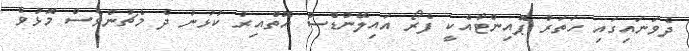
ދެވަނައިގައި ހަތަރު ޕޮއިންޓާއެކީ ފެރޯ އައިލޭންޑްސް އޮތްއިރު ކުޅުނު ދެ މެޗުންވެސް މޮޅުވެ